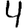
Digit: 4